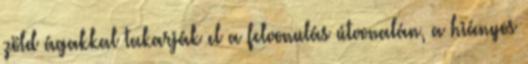
zöld ágakkal takarják el a felvonulás útvonalán, a hiányos